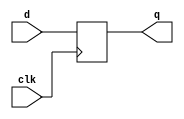
module dff_4(clk, d, q);

	input clk;
	input [3:0] d;
	output reg [3:0] q;
	
	always @(posedge clk) q <= d;

endmodule